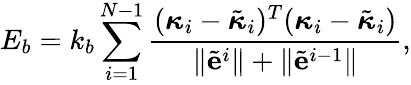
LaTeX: E_{b}=k_{b}\sum_{i=1}^{N-1}\frac{(\boldsymbol\kappa_{i}-\tilde{\boldsymbol\kappa}_{i})^{T}(\boldsymbol\kappa_{i}-\tilde{\boldsymbol\kappa}_{i})}{\lVert\tilde{\mathbf e}^{i}\rVert+\lVert\tilde{\mathbf e}^{i-1}\rVert},